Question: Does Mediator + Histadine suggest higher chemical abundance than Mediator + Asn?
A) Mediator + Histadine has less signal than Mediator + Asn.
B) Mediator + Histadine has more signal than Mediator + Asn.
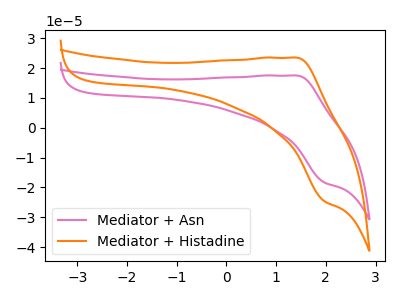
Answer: <think>The pink curve "Mediator + Asn" has an anodic peak at (1.40V, 17.50uA) and a cathodic peak at (1.95V, -18.30uA). The orange curve "Mediator + Histadine" has an anodic peak at (1.40V, 23.50uA) and a cathodic peak at (1.95V, -24.55uA).
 All the peaks in "Mediator + Histadine" have a peak in "Mediator + Asn" at the same potential. Every peak in "Mediator + Histadine" is higher than every peak in "Mediator + Asn".</think>
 <answer>B) "Mediator + Histadine" has more signal than "Mediator + Asn".</answer>
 <eval>B</eval>